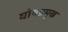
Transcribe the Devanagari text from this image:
घोषप्रमुख